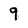
Character: 9